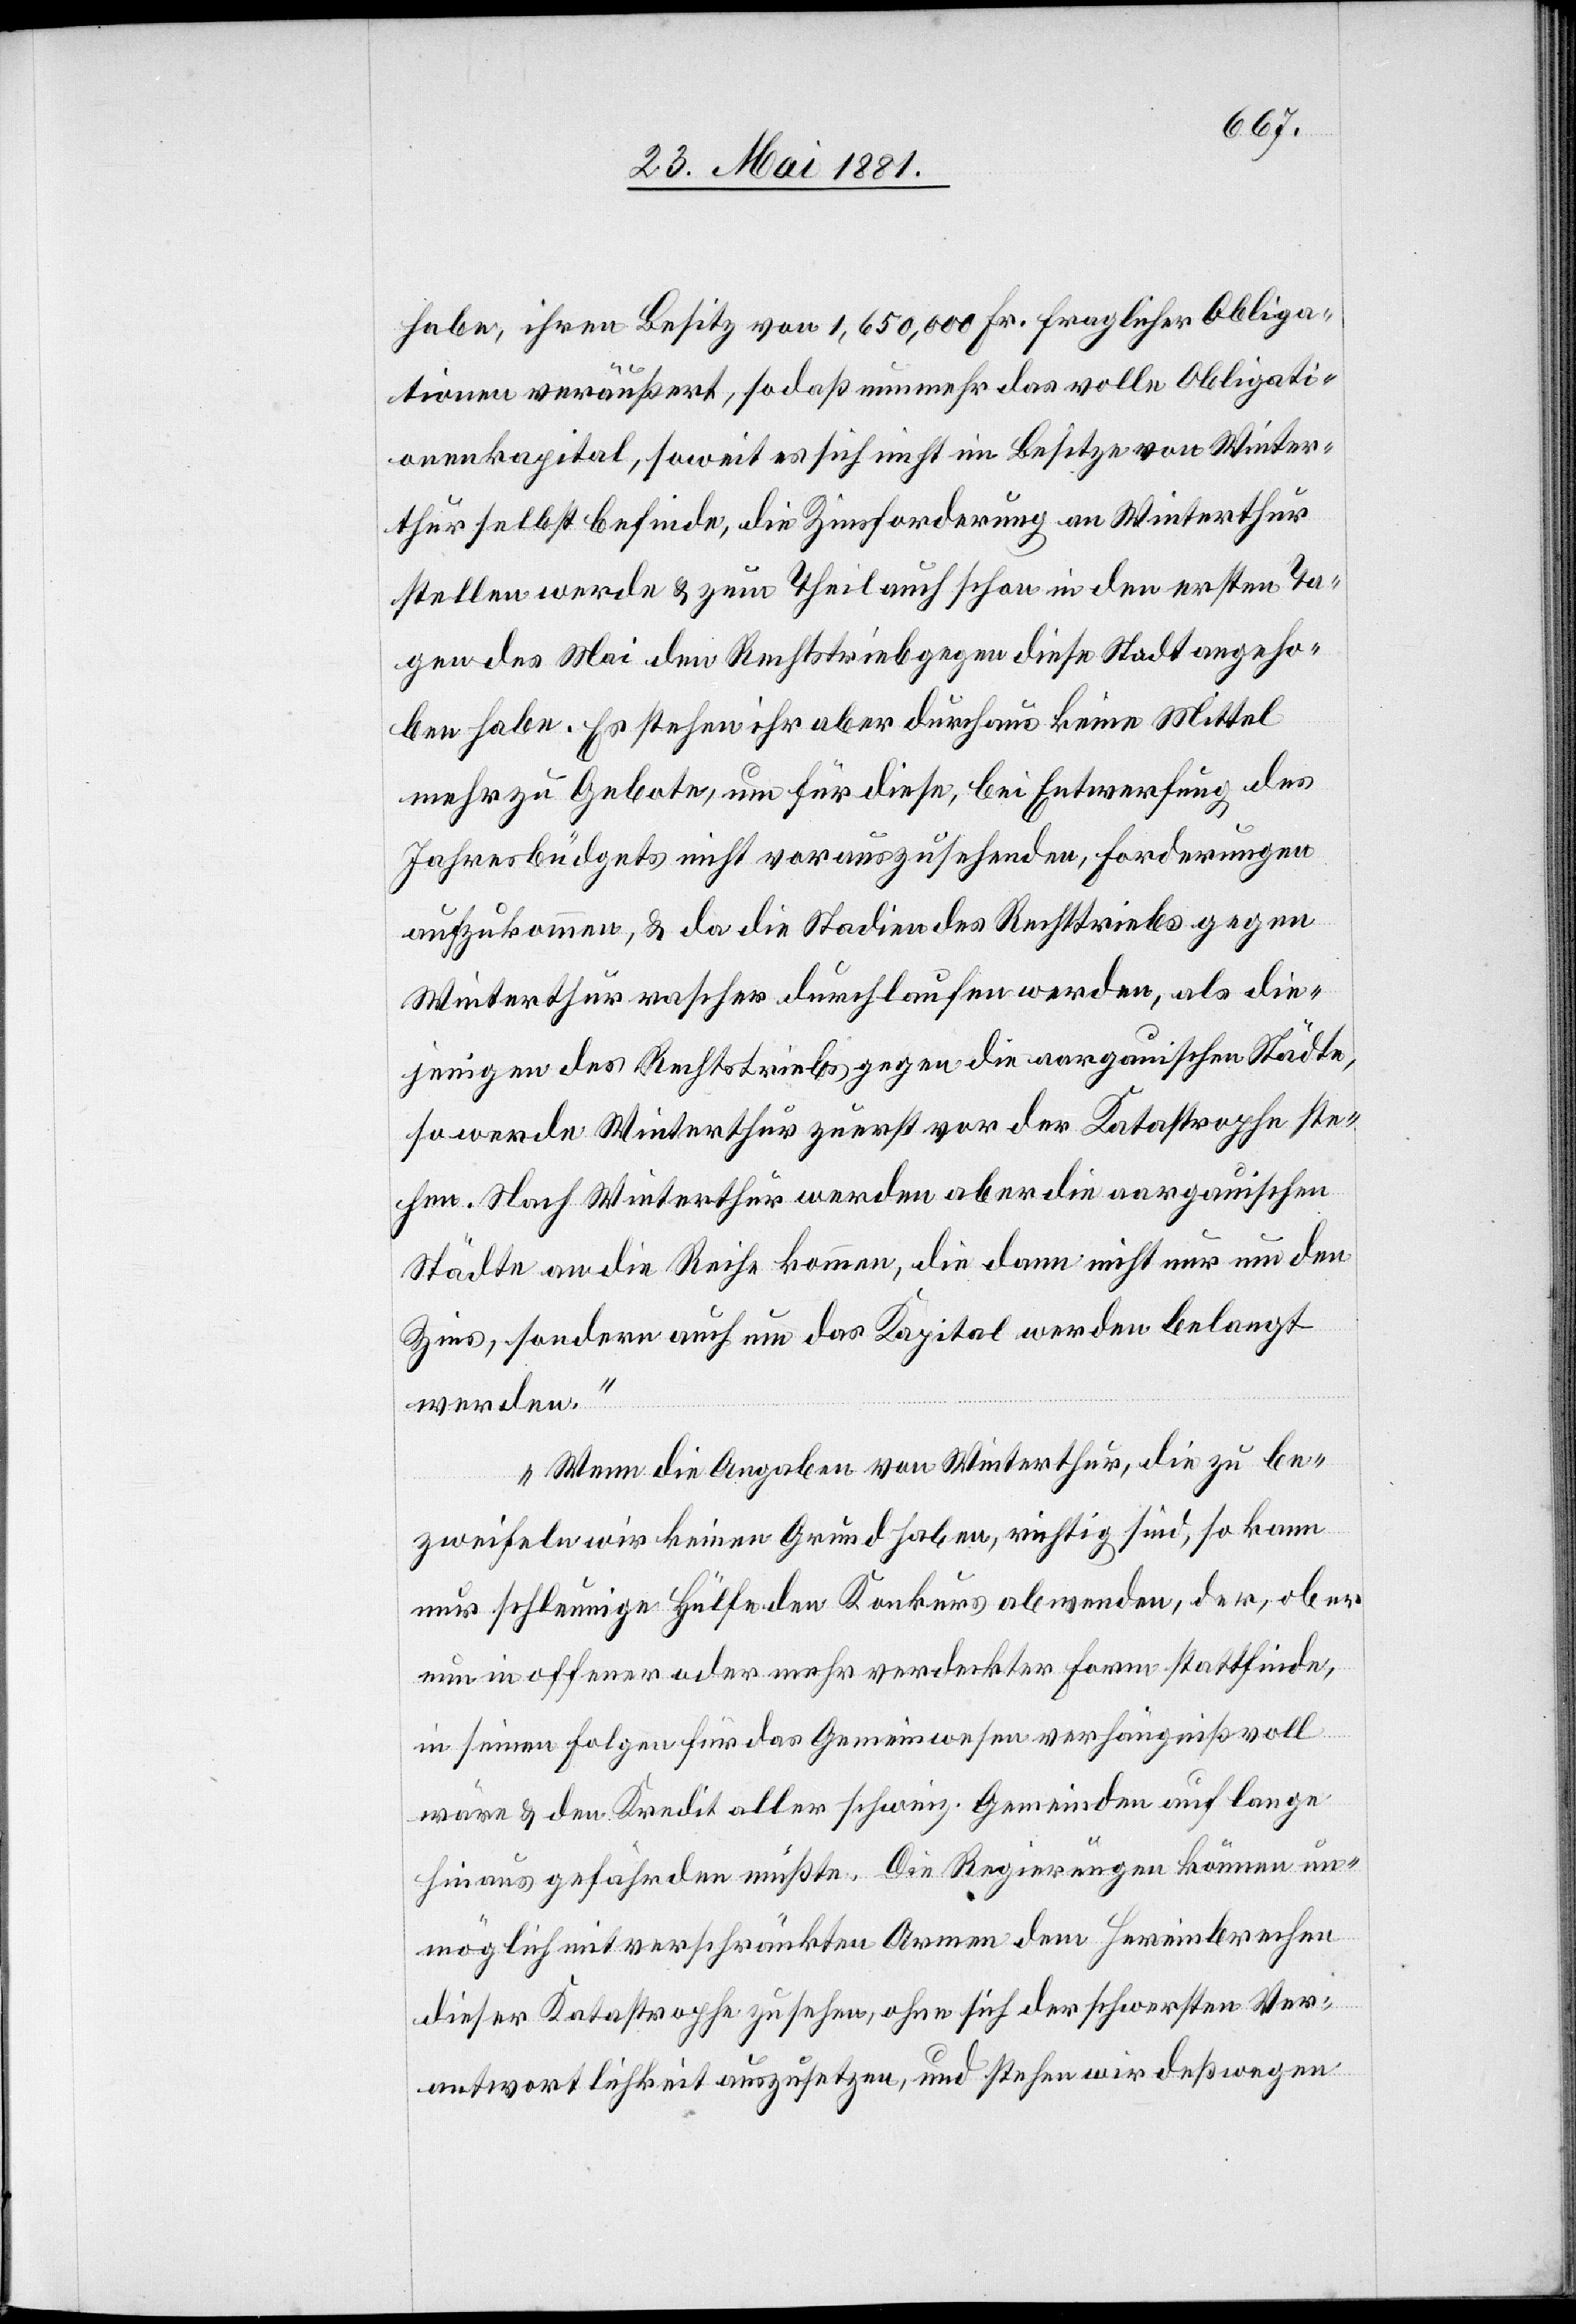
habe, ihren Besitz von 1,650,000 Fr. fraglicher Obliga¬
tionen veräußert, sodaß nunmehr das volle Obligati¬
onenkapital, soweit es sich nicht im Besitze von Winter¬
thur selbst befinde, die Zinsforderung an Winterthur
stellen werde & zum Theil auch schon in den erste Ta¬
gen des Mai den Rechtstrieb gegen diese Stadt angeho¬
ben habe. Es stehen ihr aber durchaus keine Mittel
mehr zu Gebote, um für diese, bei Entwerfung des
Jahresbüdgets nicht vorauszusehenden, Forderungen
aufzukommen, & da die Stadien des Rechtstriebs gegen
Winterthur rascher durchlaufen werden, als die¬
jenigen des Rechtstriebs gegen die aargauischen Städte,
so werde Winterthur zuerst vor der Katastrophe ste¬
hen. Nach Winterthur werden aber die aargauischen
Städte an die Reihe kommen, die dann nicht nur um den
Zins, sondern auch um das Kapital werden belangt
werden.
Wenn die Angaben von Winterthur, die zu be¬
zweifeln wir keinen Grund haben, richtig sind, so kann
nur schleunige Hülfe den Konkurs abwenden, der, ob er
nun in offener oder mehr verdeckter Form stattfinde,
in seinen Folgen für das Gemeinwesen verhängnißvoll
wäre & den Kredit aller schweiz. Gemeinden auf lange
hinaus gefährden müßte. Die Regierungen können un¬
möglich mit verschränkten Armen dem Hereinbrechen
dieser Katastrophe zusehen, ohne sich der schwersten Ver¬
antwortlichkeit auszusetzen, und stehen wir deßwegen